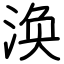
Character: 涣